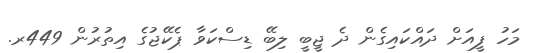
މަހު ފީއަށް ދައްކައިގެން ދެ ޖީބީ ލިބޭ ޑިސްކަވާ ޕެކޭޖުގެ އިތުރުން 449ރ.